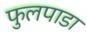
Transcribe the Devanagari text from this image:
फुलपाडा